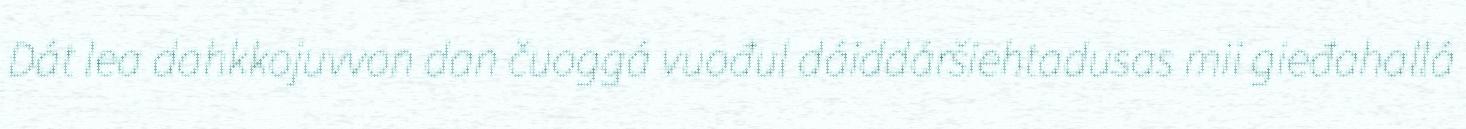
Dát lea dahkkojuvvon dan čuoggá vuođul dáiddáršiehtadusas mii gieđahallá